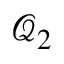
\mathcal { Q } _ { 2 }